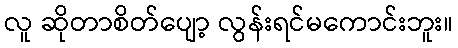
လူ ဆိုတာစိတ်ပျော့ လွန်းရင်မကောင်းဘူး။